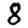
Digit: 8